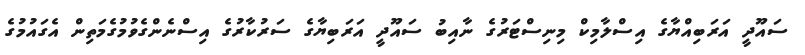
ސައޫދީ އަރަބިއްޔާގެ އިސްލާމިކް މިނިސްޓަރުގެ ނާއިބު ސައޫދީ އަރަބިޔާގެ ސަރުކާރުގެ އިސްނެންގެވުމުގެމަތިން އެގައުމުގެ